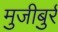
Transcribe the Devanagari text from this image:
मुजीबुर्र